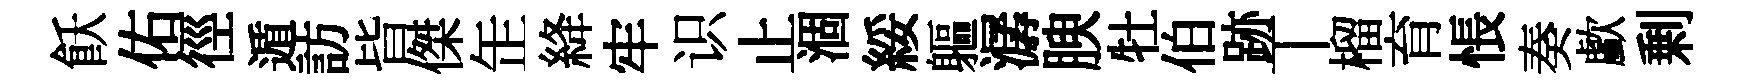
飫佑徑遁訪𣅜傑𦈢絳牢识止涸綏軀潺腴牡伯跡丅榴育悵奏歔剰